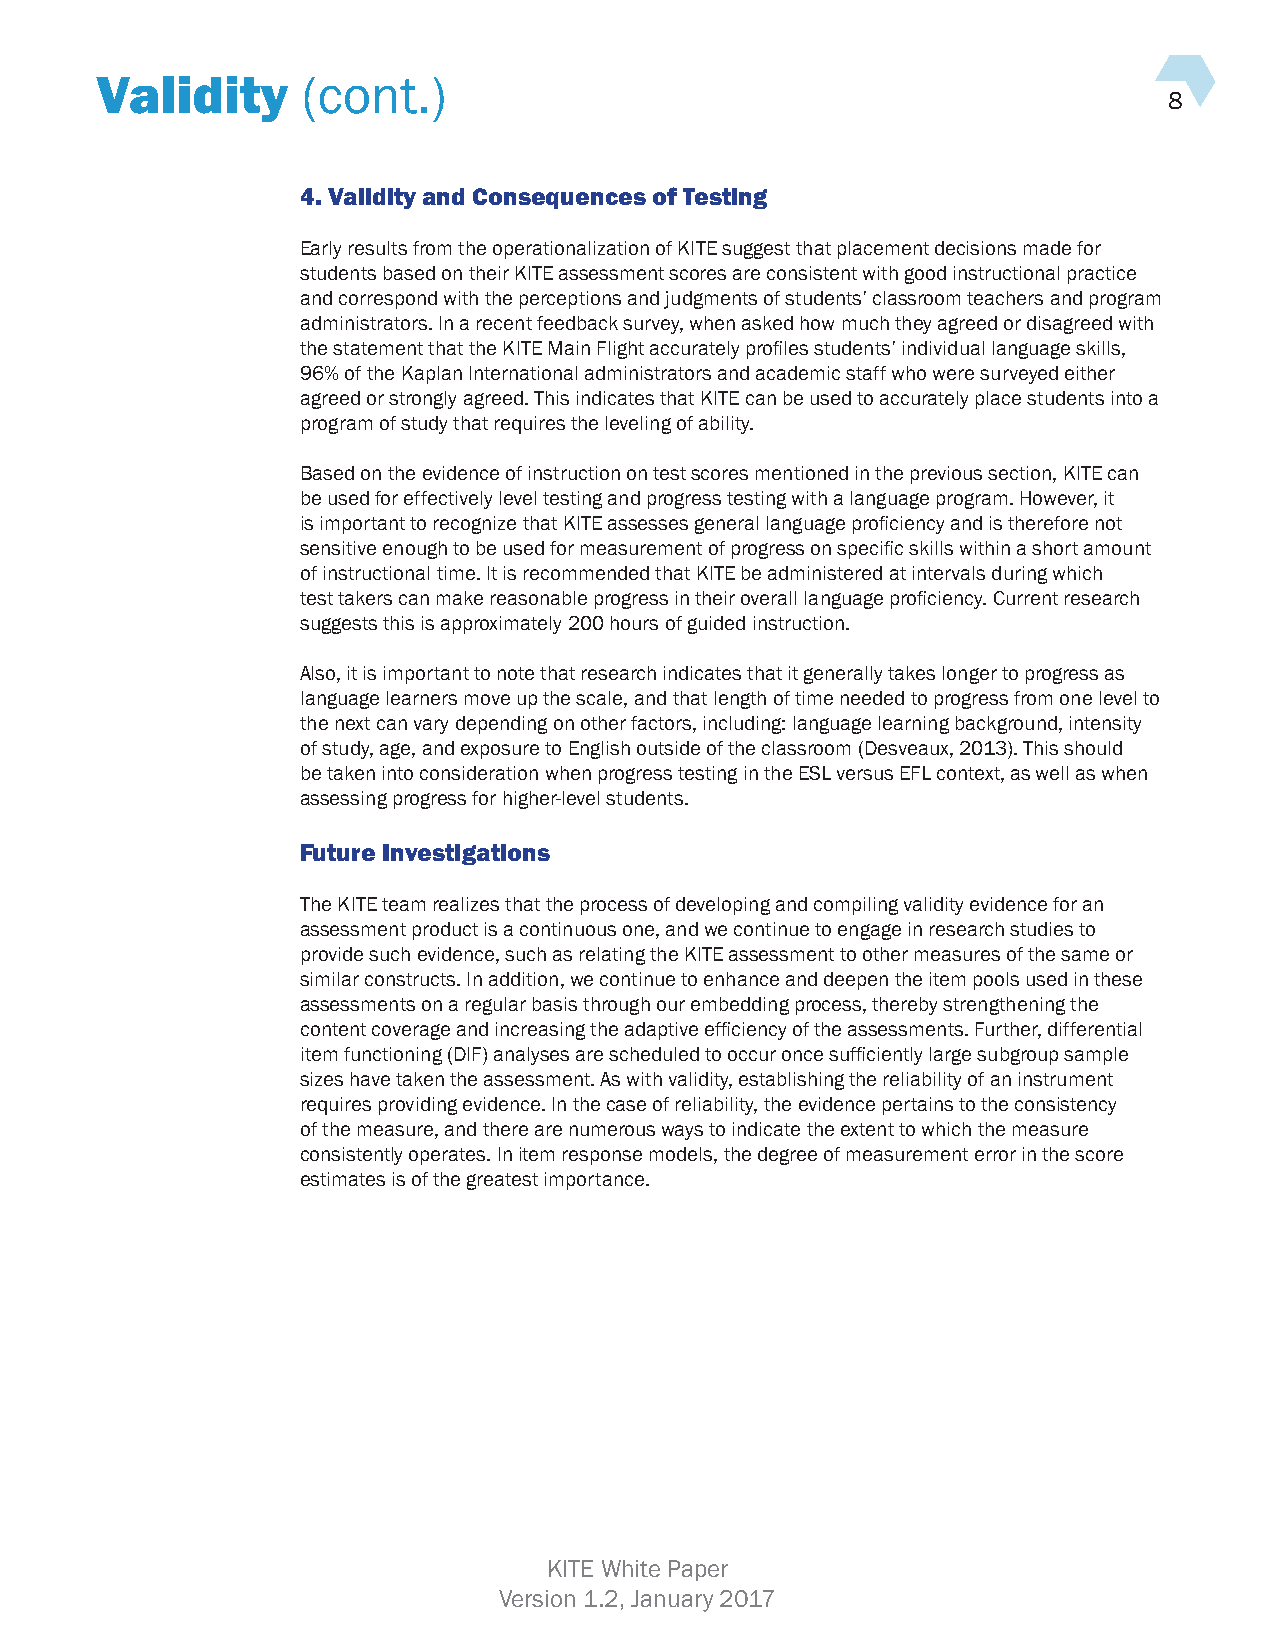
Validity      (cont.)
 8
 4. Validity and Consequences of Testing
 Early results from the operationalization of KITE suggest that placement decisions made for
 students based on their KITE assessment scores are consistent with good instructional practice
 and correspond with the perceptions and judgments of students’ classroom teachers and program
 administrators. In a recent feedback survey, when asked how much they agreed or disagreed with
 the statement that the KITE Main Flight accurately profiles students’ individual language skills,
 96% of the Kaplan International administrators and academic staff who were surveyed either
 agreed or strongly agreed. This indicates that KITE can be used to accurately place students into a
 program of study that requires the leveling of ability.
 Based on the evidence of instruction on test scores mentioned in the previous section, KITE can
 be used for effectively level testing and progress testing with a language program. However, it
 is important to recognize that KITE assesses general language proficiency and is therefore not
 sensitive enough to be used for measurement of progress on specific skills within a short amount
 of instructional time. It is recommended that KITE be administered at intervals during which
 test takers can make reasonable progress in their overall language proficiency. Current research
 suggests this is approximately 200 hours of guided instruction.
 Also, it is important to note that research indicates that it generally takes longer to progress as
 language learners move up the scale, and that length of time needed to progress from one level to
 the next can vary depending on other factors, including: language learning background, intensity
 of study, age, and exposure to English outside of the classroom (Desveaux, 2013). This should
 be taken into consideration when progress testing in the ESL versus EFL context, as well as when
 assessing progress for higher-level students.
 Future Investigations
 The KITE team realizes that the process of developing and compiling validity evidence for an
 assessment product is a continuous one, and we continue to engage in research studies to
 provide such evidence, such as relating the KITE assessment to other measures of the same or
 similar constructs. In addition, we continue to enhance and deepen the item pools used in these
 assessments on a regular basis through our embedding process, thereby strengthening the
 content coverage and increasing the adaptive efficiency of the assessments. Further, differential
 item functioning (DIF) analyses are scheduled to occur once sufficiently large subgroup sample
 sizes have taken the assessment. As with validity, establishing the reliability of an instrument
 requires providing evidence. In the case of reliability, the evidence pertains to the consistency
 of the measure, and there are numerous ways to indicate the extent to which the measure
 consistently operates. In item response models, the degree of measurement error in the score
 estimates is of the greatest importance.
 KITE White Paper
 Version 1.2, January 2017